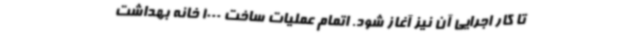
تا کار اجرایی آن نیز آغاز شود. اتمام عملیات ساخت 1000 خانه بهداشت